Quinine and its salts - Number 41
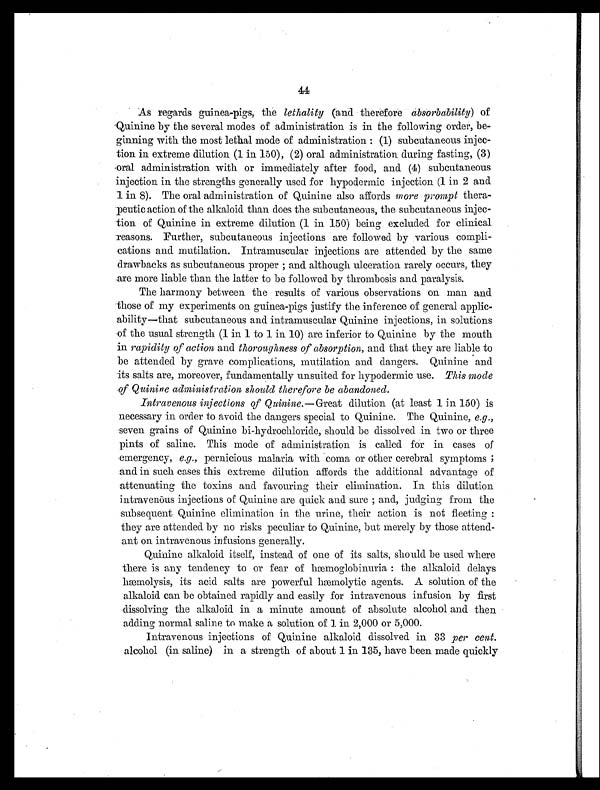
44
As regards guinea-pigs, the lethality (and therefore absorbability ) of
Quinine by the several modes of administration is in the following order, be-
ginning with the most lethal mode of administration: (1) subcutaneous injec-
tion in extreme dilution (1 in 150), (2) oral administration during fasting, (3)
oral administration with or immediately after food, and (4) subcutaneous
injection in the strengths generally used for hypodermic injection (1 in 2 and
1 in 8). The oral administration of Quinine also affords more prompt thera-
peutic action of the alkaloid than does the subcutaneous, the subcutaneous injec-
tion of Quinine in extreme dilution (1 in 150) being excluded for clinical
reasons. Further, subcutaneous injections are followed by various compli-
cations and mutilation. Intramuscular injections are attended by the same
drawbacks as subcutaneous proper; and although ulceration rarely occurs, they
are more liable than the latter to be followed by thrombosis and paralysis.
The harmony between the results of various observations on man and
those of my experiments on guinea-pigs justify the inference of general applic-
ability—that subcutaneous and intramuscular Quinine injections, in solutions
of the usual strength (1 in 1 to 1 in 10) are inferior to Quinine by the mouth
in rapidity of action and thoroughness of absorption, and that they are liable to
be attended by grave complications, mutilation and dangers. Quinine and
its salts are, moreover, fundamentally unsuited for hypodermic use. This mode
of Quinine administration should therefore be abandoned.
Intravenous injections of Quinine. —Great dilution (at least 1 in 150) is
necessary in order to avoid the dangers special to Quinine. The Quinine, e.g .,
seven grains of Quinine bi-hydrochloride, should be dissolved in two or three
pints of saline. This mode of administration is called for in cases of
emergency, e.g ., pernicious malaria with coma or other cerebral symptoms;
and in such cases this extreme dilution affords the additional advantage of
attenuating the toxins and favouring their elimination. In this dilution
intravenous injections of Quinine are quick and sure; and, judging from the
subsequent Quinine elimination in the urine, their action is not fleeting:
they are attended by no risks peculiar to Quinine, but merely by those attend-
ant on intravenous infusions generally.
Quinine alkaloid itself, instead of one of its salts, should be used where
there is any tendency to or fear of hæmoglobinuria: the alkaloid delays
hæmol
ysis its acid salts are powerful hemolytic agents. A solution of the
alkaloid can be obtained rapidly and easily for intravenous infusion by first
dissolving the alkaloid in a minute amount of absolute alcohol and then
adding normal saline to make a solution of 1 in 2,000 or 5,000.
Intravenous injections of Quinine alkaloid dissolved in 33 per cent.
alcohol (in saline) in a strength of about 1 in 135, have been made quickly